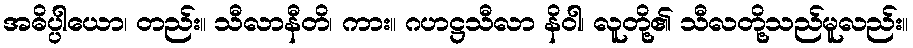
အဓိပ္ပါယော၊ တည်း။ သီလာနီတိ၊ ကား။ ဂဟဋ္ဌသီလာ နိဝါ၊ လူတို့၏ သီလတို့သည်မူလည်း။